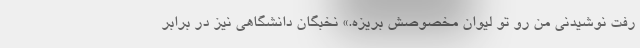
رفت نوشیدنی من رو تو لیوان مخصوصش بریزه.» نخبگان دانشگاهی نیز در برابر